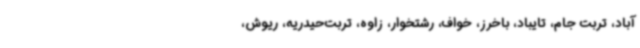
آباد، تربت جام، تایباد، باخرز، خواف، رشتخوار، زاوه، تربت‌حیدریه، ریوش،